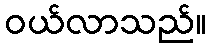
ဝယ်လာသည်။